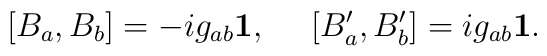
[B_a,B_b]=-ig_{ab}{\bf 1},~~~~ [B'_a,B'_b]=ig_{ab}{\bf 1}.